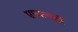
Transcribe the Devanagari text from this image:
एमएचटी